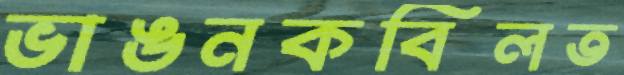
ভাঙনকবিলত